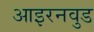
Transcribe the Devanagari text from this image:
आइरनवुड